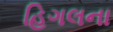
હિગલના